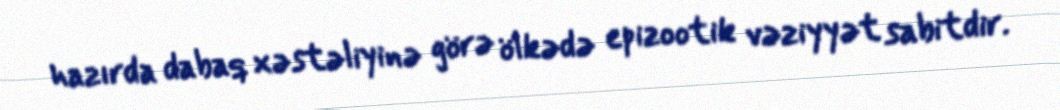
hazırda dabaq xəstəliyinə görə ölkədə epizootik vəziyyət sabitdir.